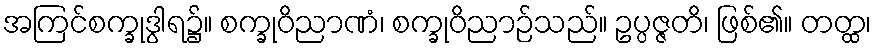
အကြင်စက္ခုဒွါရ၌။ စက္ခုဝိညာဏံ၊ စက္ခုဝိညာဉ်သည်။ ဥပ္ပဇ္ဇတိ၊ ဖြစ်၏။ တတ္ထ၊